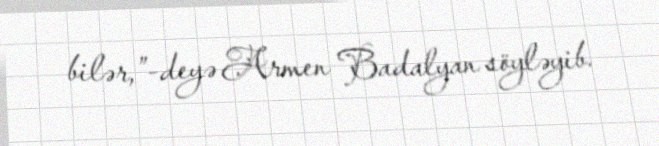
bilər,”-deyə Armen Badalyan söyləyib.